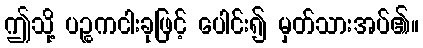
ဤသို့ ပဉ္စကငါးခုဖြင့် ပေါင်း၍ မှတ်သားအပ်၏။